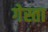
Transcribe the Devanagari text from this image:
गेस्ता